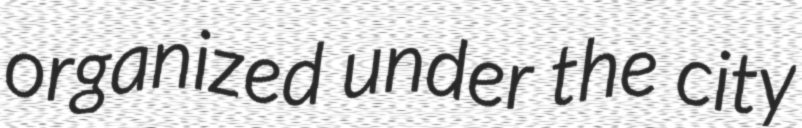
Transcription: organized under the city